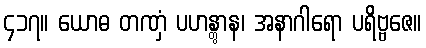
၄၁၇။ ယောဓ တဏှံ ပဟန္တွာန၊ အနာဂါရော ပရိဗ္ဗဇေ။